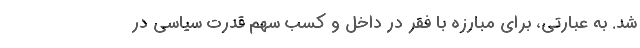
شد. به عبارتی، برای مبارزه با فقر در داخل و کسب سهم قدرت سیاسی در